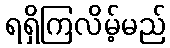
ရရှိကြလိမ့်မည်